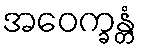
အဝေက္ခန္တံ